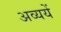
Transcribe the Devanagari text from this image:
अव्ययें